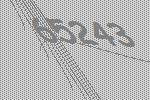
65243